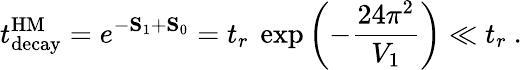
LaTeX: t_{\mathrm{decay}}^{\mathrm{HM}}=e^{-\mathbf S_{1}+\mathbf S_{0}}=t_{r}\ \exp\left(-{\frac{24\pi^{2}}{V_{1}}}\right)\ll t_{r}\ .